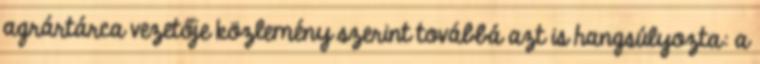
agrártárca vezetője közlemény szerint továbbá azt is hangsúlyozta: a